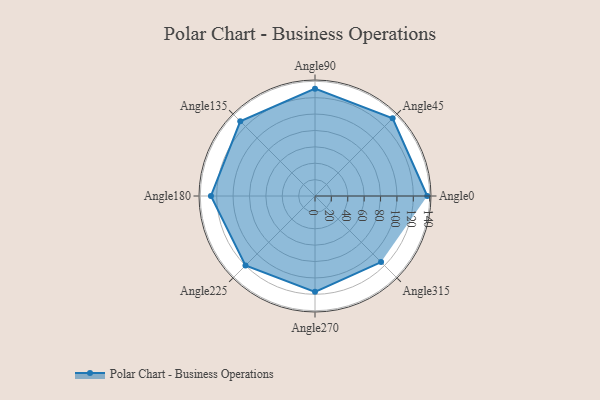
{"axis": {"x": "Angle", "y": "Radius"}, "legend": [""], "data": [{"x": "Angle0", "y": 137.0, "type": ""}, {"x": "Angle45", "y": 134.0, "type": ""}, {"x": "Angle90", "y": 131.0, "type": ""}, {"x": "Angle135", "y": 129.0, "type": ""}, {"x": "Angle180", "y": 127.0, "type": ""}, {"x": "Angle225", "y": 120.0, "type": ""}, {"x": "Angle270", "y": 117.0, "type": ""}, {"x": "Angle315", "y": 114.0, "type": ""}]}